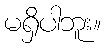
မရှိပါဘူး။